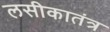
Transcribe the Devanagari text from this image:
लसीकातंत्र